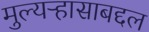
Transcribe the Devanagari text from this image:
मुल्यऱ्हासाबद्दल